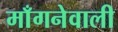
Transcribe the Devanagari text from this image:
माँगनेवाली